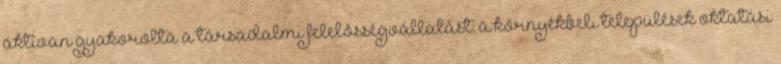
aktívan gyakorolta a társadalmi felelôsségvállalást: a környékbeli települések oktatási